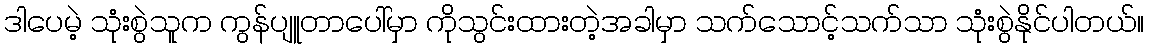
ဒါပေမဲ့ သုံးစွဲသူက ကွန်ပျူတာပေါ်မှာ ကိုသွင်းထားတဲ့အခါမှာ သက်သောင့်သက်သာ သုံးစွဲနိုင်ပါတယ်။